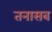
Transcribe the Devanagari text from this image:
तनासब